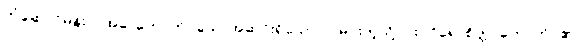
တံဆောင်မုန်းလအခါ တောက်ပသောအဆင်းရှိသော လမင်းကဲ့သို့၎င်း။ ဝိရောစိတ္တ၊ တောက်ပ၏။